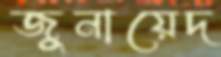
জুনায়েদ